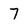
Character: 7